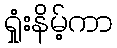
ရှုံးနိမ့်ကာ